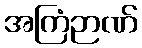
အကြံဉာဏ်